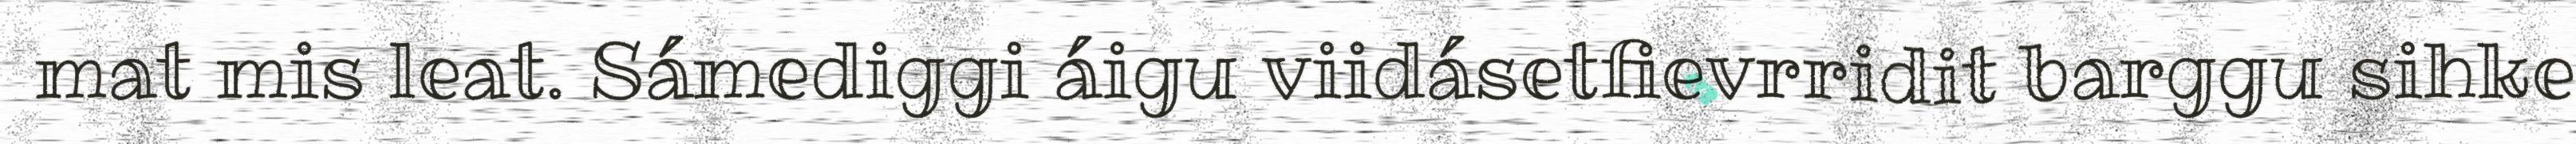
mat mis leat. Sámediggi áigu viidásetfievrridit barggu sihke